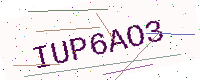
Text: IUP6AO3